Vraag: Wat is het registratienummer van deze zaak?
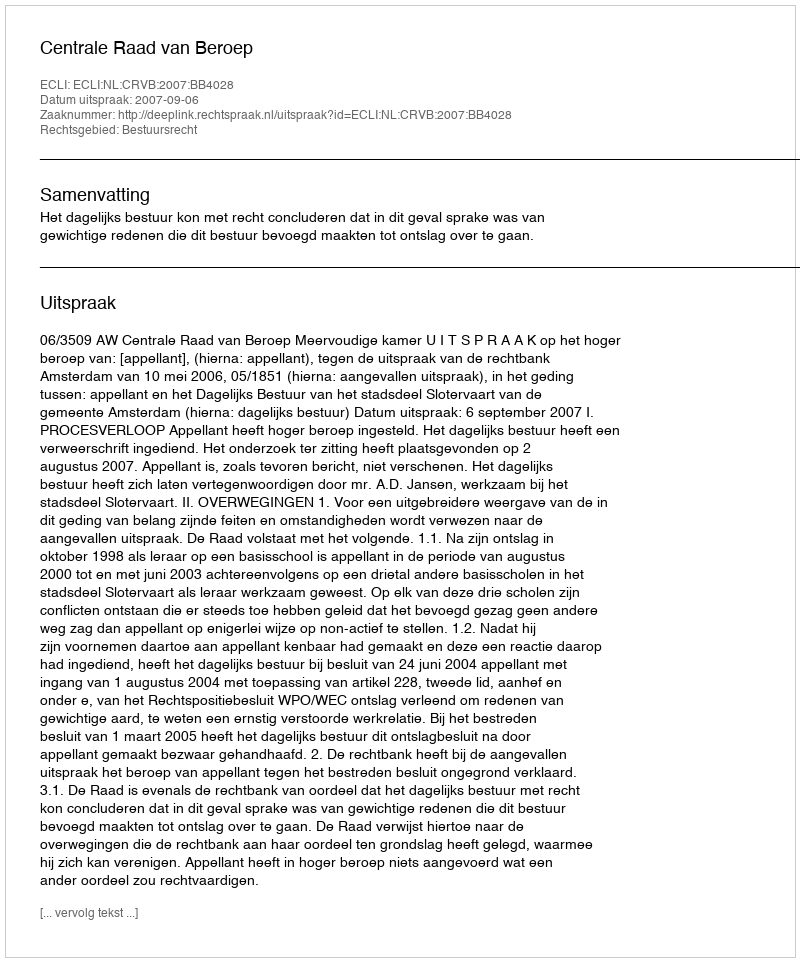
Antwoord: http://deeplink.rechtspraak.nl/uitspraak?id=ECLI:NL:CRVB:2007:BB4028